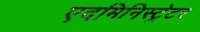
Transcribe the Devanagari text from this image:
एदमिनिस्ट्रेटर